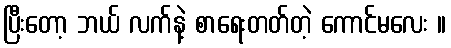
ပြီးတော့ ဘယ် လက်နဲ့ စာရေးတတ်တဲ့ ကောင်မလေး ။